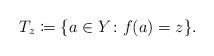
LaTeX: \begin{align*}T_{z} \coloneqq \{ a \in Y \colon f(a) = z \}.\end{align*}